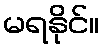
မရနိုင်။